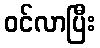
ဝင်လာပြီး